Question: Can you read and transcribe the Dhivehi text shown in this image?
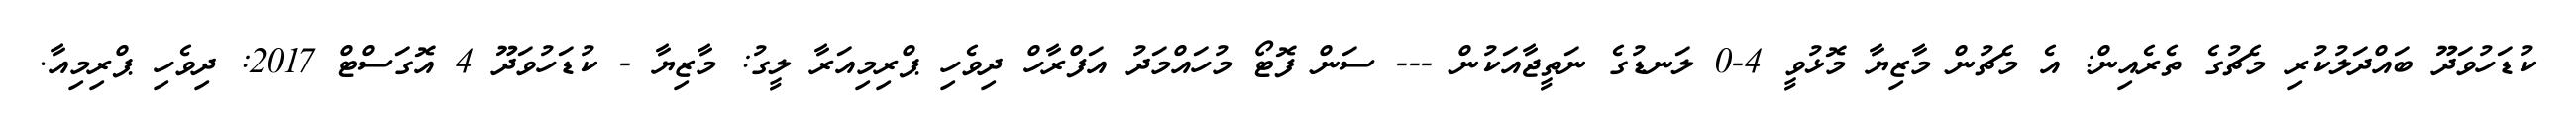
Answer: ކުޑަހުވަދޫ ބައްދަލުކުރި މެޗުގެ ތެރެއިން: އެ މެޗުން މާޒިޔާ މޮޅުވީ 4-0 ލަނޑުގެ ނަތީޖާއަކުން --- ސަން ފޮޓޯ މުހައްމަދު އަފްރާހް ދިވެހި ޕްރިމިއަރާ ލީގު: މާޒިޔާ - ކުޑަހުވަދޫ 4 އޮގަސްޓް 2017: ދިވެހި ޕްރިމިއާ.